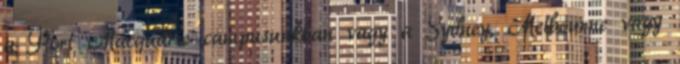
a Port Macquarie campusunkban vagy a Sydney, Melbourne vagy